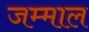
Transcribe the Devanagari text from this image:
जम्माल